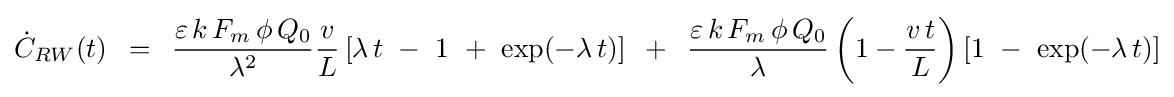
{\dot {C}}_{RW}(t)\,\,\,=\,\,\,{{\varepsilon \,k\,F_{m}\,\phi \,Q_{0}} \over {\lambda ^{2}}}{v \over L}\left[{\lambda \,t\,\,-\,\,1\,\,+\,\,\exp(-\lambda \,t)}\right]\,\,\,+\,\,\,{{\varepsilon \,k\,F_{m}\,\phi \,Q_{0}} \over \lambda }\left({1-{{v\,t} \over L}}\right)\left[{1\,\,-\,\,\exp(-\lambda \,t)}\right]